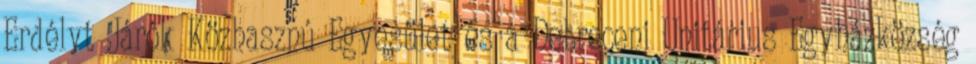
Erdélyt Járók Közhasznú Egyesület és a Debreceni Unitárius Egyházközség